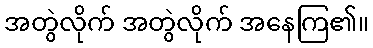
အတွဲလိုက် အတွဲလိုက် အနေကြ၏။